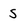
Character: S